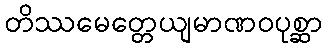
တိဿမေတ္တေယျမာဏဝပုစ္ဆာ